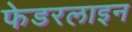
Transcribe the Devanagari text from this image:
फेडरलाइन